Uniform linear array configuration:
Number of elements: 32
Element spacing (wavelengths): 0.25
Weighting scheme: blackman
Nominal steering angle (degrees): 30
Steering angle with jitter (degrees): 31.39
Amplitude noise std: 0.05
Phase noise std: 0.05

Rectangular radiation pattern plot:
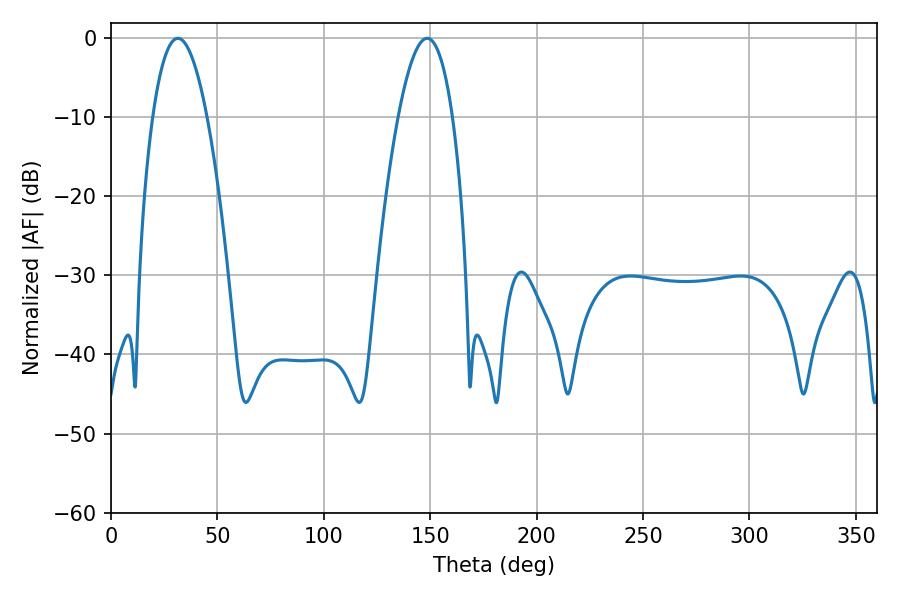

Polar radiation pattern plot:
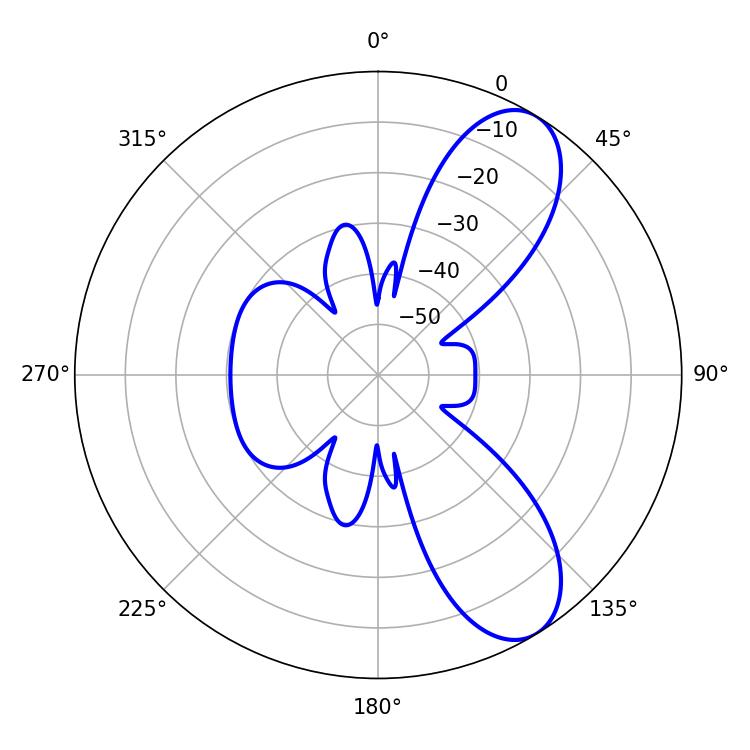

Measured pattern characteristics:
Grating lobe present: FALSE
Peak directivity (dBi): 8.605
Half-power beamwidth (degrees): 14.04
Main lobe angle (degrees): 31.5